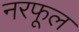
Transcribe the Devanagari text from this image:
नरफूल